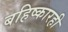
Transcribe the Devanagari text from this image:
बहिष्कारही